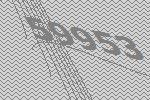
59953